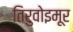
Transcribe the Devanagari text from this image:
तिरुवोइमूर